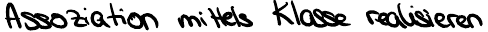
Assoziation mittels Klasse realisieren